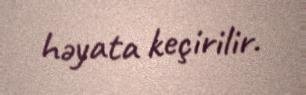
həyata keçirilir.